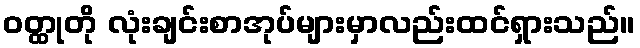
ဝတ္ထုတို လုံးချင်းစာအုပ်များမှာလည်းထင်ရှားသည်။